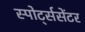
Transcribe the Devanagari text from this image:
स्पोर्ट्ससेंटर